Annual report on the working of the lock hospitals in the Central Provinces
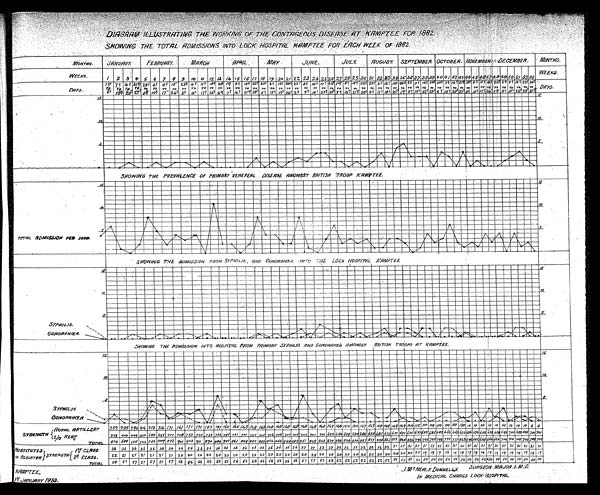
DIAGRAM ILLUSTRATING THE WORKING OF THE CONTAGEOUS DISEASE AT KAMPTEE FOR 1882.
S H O W I N G T H E T H E T O T A L A D M I S S I O N S I N T O L O C K H O S P I T A L K A M P T E E F O R E A C H W E E K O F 1 8
82.
SHOWING THE PREVALENCE OF PRIMARY VENEREAL DISEASE AMONGST BRITISH TROOP KAMPTEE.
SHOWING THE ADMISSION INTO HOSPITAL FROM PRIMARY SYPHILIS AND GONORRHŒA AMONGST BRITISH TROOPS AT KAMPTEE
KAMPTEE 1st JANUARY 1883.
J.Mc NEALE DONNELY.
SURGE
O N M A J O R . I . M . D .
IN MEDICAL CHARGE LOCK HOSPITAL.